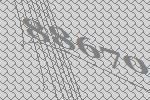
88670